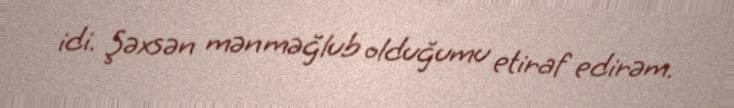
idi. Şəxsən mən məğlub olduğumu etiraf edirəm.